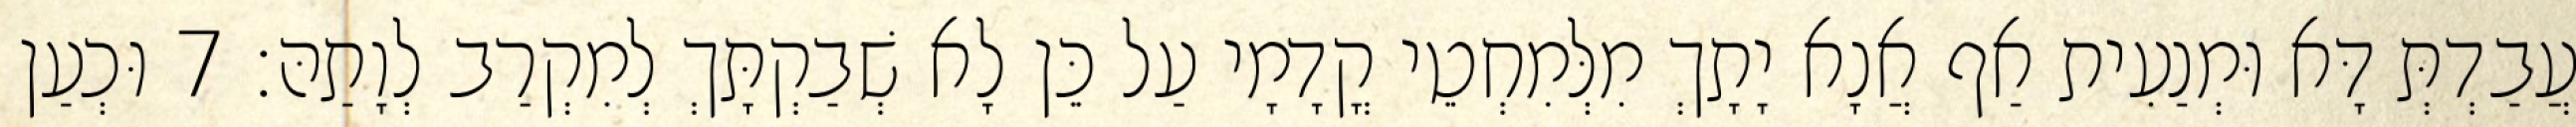
עֲבַדְתְּ דָּא וּמְנַעִית אַף אֲנָא יָתָךְ מִלְּמִחְטֵי קֳדָמָי עַל כֵּן לָא שְׁבַקְתָּךְ לְמִקְרַב לְוָתַהּ׃ 7 וּכְעַן